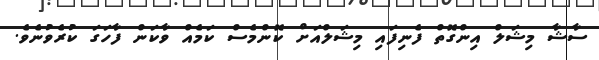
ސާޝާ މިޝަލް އިންގޮތް ފެނިފައި މިޝަލްއަށް ކޮންމެސް ކަމެއް ވާކަން ފާހަގަ ކުރެވުނެވެ.